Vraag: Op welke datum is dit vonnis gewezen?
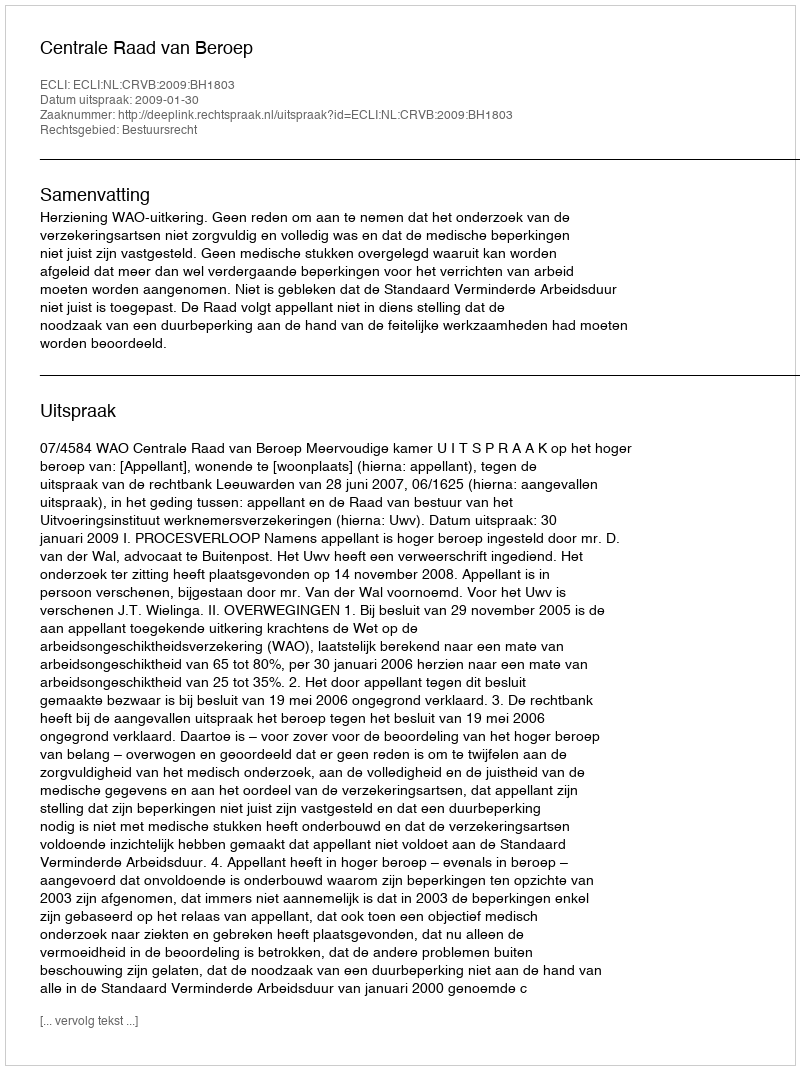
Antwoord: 2009-01-30